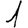
Digit: 1